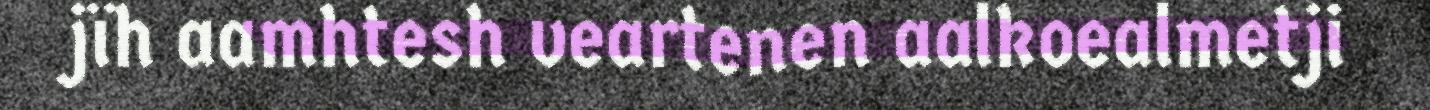
jïh aamhtesh veartenen aalkoealmetji